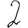
Digit: 2